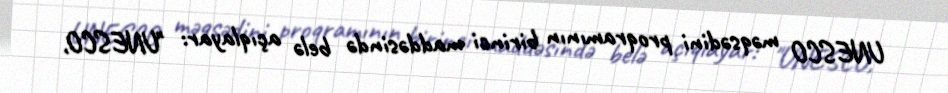
UNESCO məqsədini proqramının birinci maddəsində belə açıqlayar: "UNESCO,